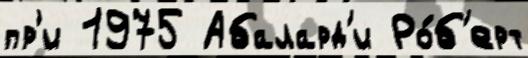
пр'и 1975 Абалард'и Ро́б'ерт